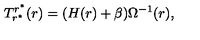
T _ { r ^ { \ast } } ^ { r ^ { \ast } } ( r ) = ( H ( r ) + \beta ) \Omega ^ { - 1 } ( r ) ,